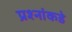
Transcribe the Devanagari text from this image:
प्रश्‍नांकडे